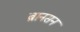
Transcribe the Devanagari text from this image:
ब्रानसन